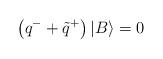
LaTeX: \begin{align*}\left( q^{-}+\tilde{q}^{+}\right) \left| B\right\rangle =0\end{align*}